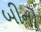
બીનો